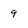
Character: 9